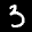
Label: 3